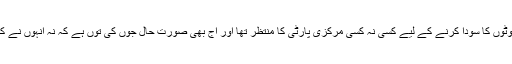
ہندوستانی مسلمان راہنما کل بھی اپنے پچیس کروڑ ووٹوں کا سودا کرنے کے لیے کسی نہ کسی مرکزی پارٹی کا منتظر تھا اور آج بھی صورت حال جوں کی توں ہے کہ نہ انہوں نے کل کچھ کیا تھا اور نہ آج وہ کچھ کرتے نظر آتے ہیں۔